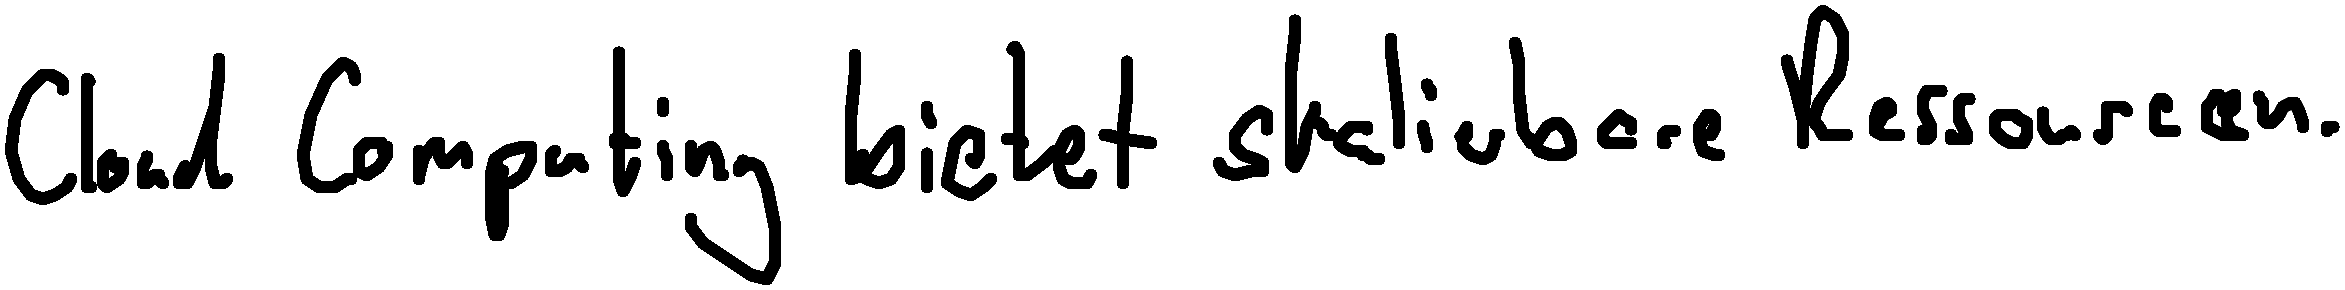
Cloud Computing bietet skalierbare Ressourcen.